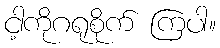
ငါ့ကိုဂရုစိုက် ကြပါ။